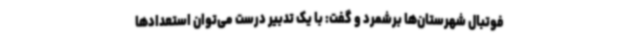
فوتبال شهرستان‌ها برشمرد و گفت: با یک تدبیر درست می‌توان استعدادها